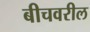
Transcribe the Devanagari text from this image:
बीचवरील